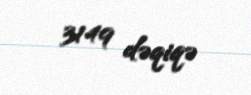
3149 dəqiqə